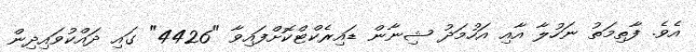
އެވެ. ފާތިމަތު ނަހުލާ އާއި އަހުމަދު ޝިނާން ޑައިރެކްޓްކޮށްފައިވާ "4426" ގައި ދައްކުވައިދިން